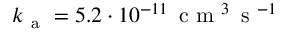
k _ { \mathrm { ~ a ~ } } = 5 . 2 \cdot 1 0 ^ { - 1 1 } \, \ensuremath { \mathrm { ~ c ~ m ~ } ^ { 3 } \, \mathrm { ~ s ~ } ^ { - 1 } }